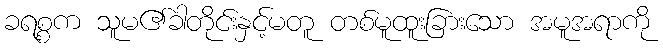
ခရစ္စက သူမ၏ခါတိုင်းနှင့်မတူ တစ်မူထူးခြားသော အမူအရာကို